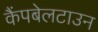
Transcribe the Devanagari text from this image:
कैंपबेलटाउन